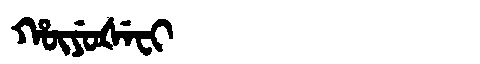
Manchu: ᡥᡡᠶᡠᡧᡝᠸᡳ
Romanization: HŪYUŠEFI